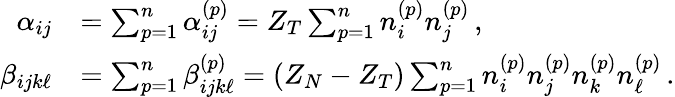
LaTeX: \begin{array}{rl}{\alpha_{ij}}&{=\sum_{p=1}^{n}\alpha_{ij}^{(p)}=Z_{T}\sum_{p=1}^{n}n_{i}^{(p)}n_{j}^{(p)}\, ,}\\ {\beta_{ijk\ell}}&{=\sum_{p=1}^{n}\beta_{ijk\ell}^{(p)}=(Z_{N}-Z_{T})\sum_{p=1}^{n}n_{i}^{(p)}n_{j}^{(p)}n_{k}^{(p)}n_{\ell}^{(p)}\, .}\end{array}